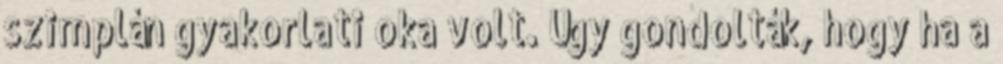
szimplán gyakorlati oka volt. Úgy gondolták, hogy ha a